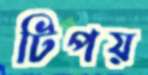
টিপয়